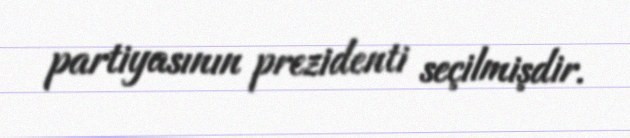
partiyasının prezidenti seçilmişdir.